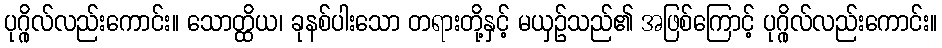
ပုဂ္ဂိုလ်လည်းကောင်း။ သောတ္ထိယ၊ ခုနစ်ပါးသော တရားတို့နှင့် မယှဉ်သည်၏ အဖြစ်ကြောင့် ပုဂ္ဂိုလ်လည်းကောင်း။